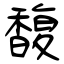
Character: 馥